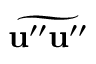
\widetilde { { \bf { u } } ^ { \prime \prime } { \bf { u } } ^ { \prime \prime } }